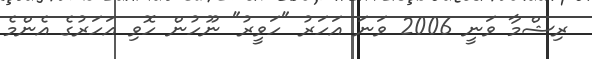
ރިޝްމާ ވަނީ 2006 ވަނަ އަހަރު "ހަވީރު" ނޫހުން ހޮވި އަހަރުގެ އެންމެ